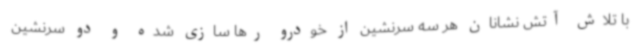
با تلاش آتش نشانان هر سه سرنشین از خودرو رها سازی شده و دو سرنشین